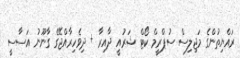
ރައްޔިތުންގެ މަޖިލިސް ސުޕްރީމް ކޯޓް ޝަރުއީ ދާއިރާ + ދިވެހިރާއްޖޭގެ ގާނޫނު އަސާސީ